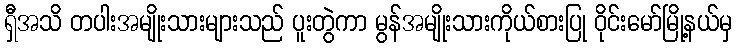
ရှီအသိ တပါးအမျိုးသားများသည် ပူးတွဲကာ မွန်အမျိုးသားကိုယ်စားပြု ဝိုင်းမော်မြို့နယ်မှ